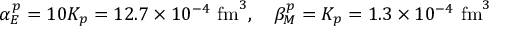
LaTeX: \alpha _ { E } ^ { p } = 1 0 K _ { p } = 1 2 . 7 \times 1 0 ^ { - 4 } \, \, \mathrm { f m } ^ { 3 } , \quad \beta _ { M } ^ { p } = K _ { p } = 1 . 3 \times 1 0 ^ { - 4 } \, \, \mathrm { f m } ^ { 3 }